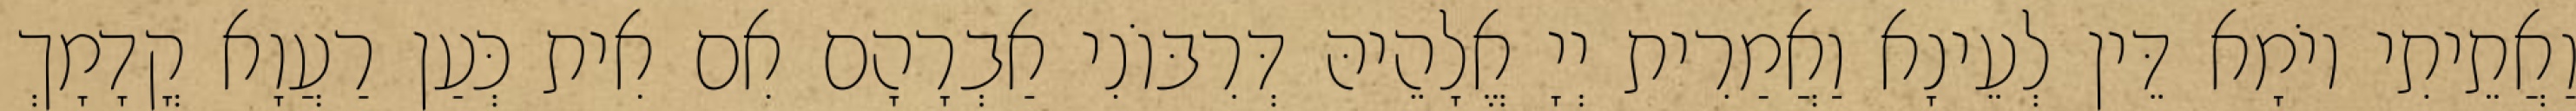
וַאֲתֵיתִי יוֹמָא דֵּין לְעֵינָא וַאֲמַרִית יְיָ אֱלָהֵיהּ דְּרִבּוֹנִי אַבְרָהָם אִם אִית כְּעַן רַעֲוָא קֳדָמָךְ